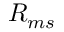
R _ { m s }